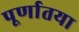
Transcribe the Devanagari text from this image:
पूर्णातया